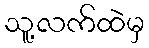
သူ့လက်ထဲမှ